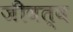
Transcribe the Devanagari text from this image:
जीवत्व